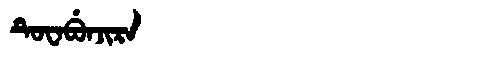
Manchu: ᡨᡠᠸᠠᠪᡠᠨᠵᡳᡵᠠ
Romanization: TUWABUNJIRA